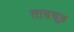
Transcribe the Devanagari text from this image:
ताम्रचूड़